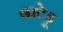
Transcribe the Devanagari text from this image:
बाटेड़ू